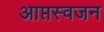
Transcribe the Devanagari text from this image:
आप्तस्वजन